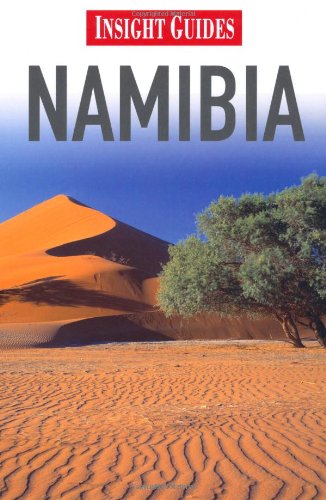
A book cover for Namibia. (Insight Guides); Apa; Travel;